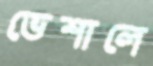
ভেশালে